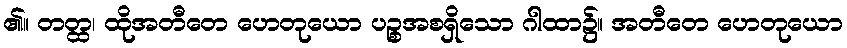
၏။ တတ္ထ၊ ထိုအတီတေ ဟေတုယော ပဉ္စအစရှိသော ဂါထာ၌။ အတီတေ ဟေတုယော